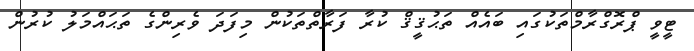
ޓީވީ ޕްރޮގްރާމްތަކުގައި ބައެއް ތަޙުޤީޤް ކުރާ ފަރާތްތަކުން މިފަދަ ވެރިންގެ ތަޙައްމަލު ކުރުން